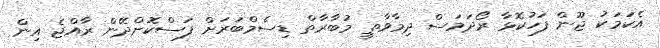
އެކަމަކު ޖޫން ފަހުކޮޅާ ރޯދަމަސް ދިމާވާތީ މުބާރާތް ޑިސެމްބަރަށް ފަސްކޮށްދޭން ރާއްޖެ އިން